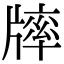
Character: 𤗪